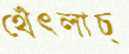
থেঁৎলাচ্